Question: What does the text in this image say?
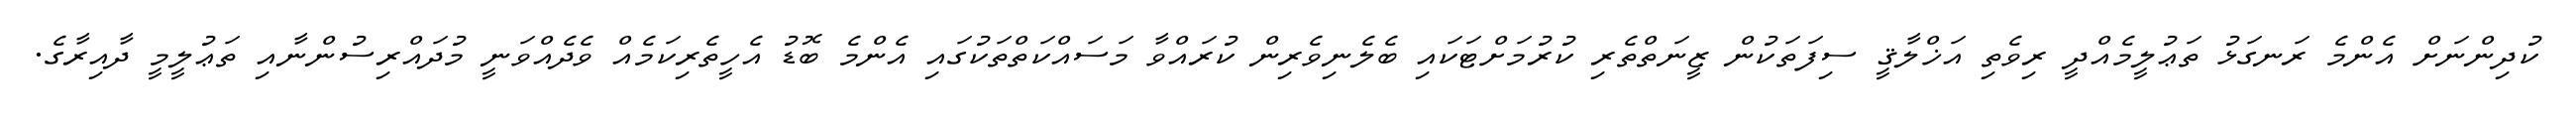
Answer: ކުދިންނަށް އެންމެ ރަނގަޅު ތަޢުލީމެއްދީ ރިވެތި އަޚްލާޤީ ސިފަތަކުން ޒީނަތްތެރި ކުރުމަށްޓަކައި ބެލެނިވެރިން ކުރައްވާ މަސައްކަތްތަކުގައި އެންމެ ބޮޑު އެހީތެރިކަމެއް ވެދެއްވަނީ މުދައްރިސުންނާއި ތަޢުލީމީ ދާއިރާގެ.